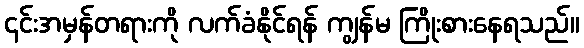
၎င်းအမှန်တရားကို လက်ခံနိုင်ရန် ကျွန်မ ကြိုးစားနေရသည်။